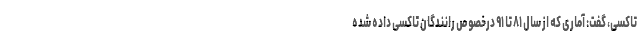
تاکسی، گفت: آماری که از سال ۸۱ تا ۹۱ درخصوص رانندگان تاکسی داده شده